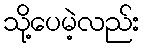
သို့ပေမဲ့လည်း